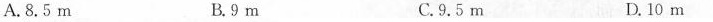
A.8.5m B.9m C.9.5m D.10m